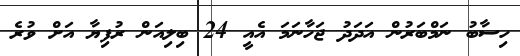
ހިސާބު ނަމްބަރުން އަދަދު ޖަހާނަމަ އެއީ 24 ބިލިއަން ރުފިޔާ އަށް ވުރެ